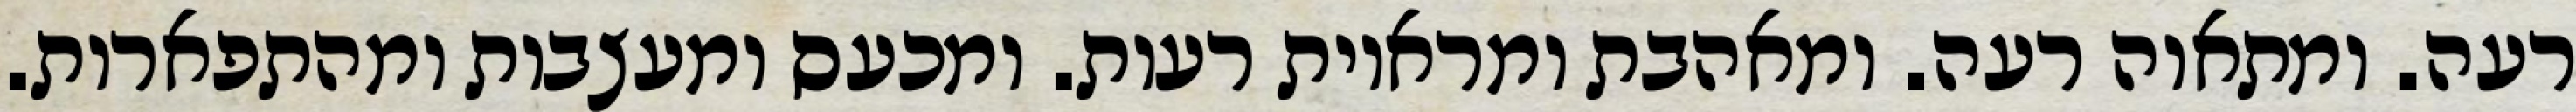
רעה. ומתאוה רעה. ומאהבת ומראיות רעות. ומכעס ומעצבות ומהתפארות.